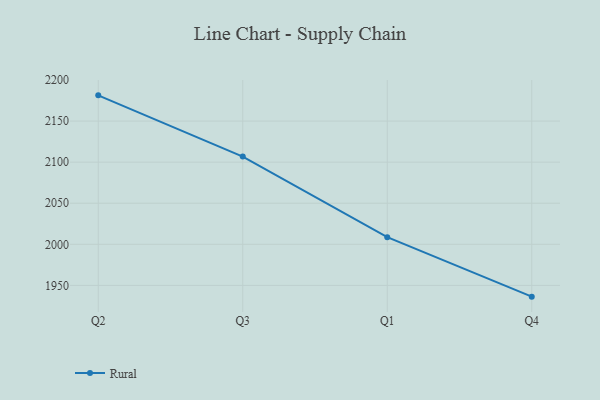
{"axis": {"x": "Quarter", "y": "Conversion Rate (%)"}, "legend": ["Rural"], "data": [{"x": "Q2", "y": 2181.3, "type": "Rural"}, {"x": "Q3", "y": 2106.8, "type": "Rural"}, {"x": "Q1", "y": 2008.7, "type": "Rural"}, {"x": "Q4", "y": 1936.3, "type": "Rural"}]}